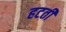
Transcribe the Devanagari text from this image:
हटतीं